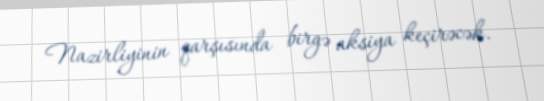
Nazirliyinin qarşısında birgə aksiya keçirəcək.